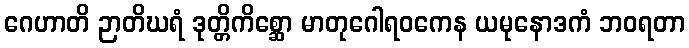
ဂေဟာတိ ဉာတိဃရံ ဒုတ္တိကိစ္ဆော မာတုဂေါရဝကေန ယမုနောဒကံ ဘဝရတာ